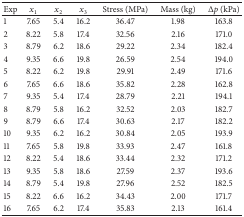
| Exp | x1 | x2 | x3 | Stress (MPa) | Mass (kg) | Δp (kPa) |
 | --- | --- | --- | --- | --- | --- | --- |
 | 1 | 7.65 | 5.4 | 16.2 | 36.47 | 1.98 | 163.8 |
 | 2 | 8.22 | 5.8 | 17.4 | 32.56 | 2.16 | 171.0 |
 | 3 | 8.79 | 6.2 | 18.6 | 29.22 | 2.34 | 182.4 |
 | 4 | 9.35 | 6.6 | 19.8 | 26.59 | 2.54 | 194.0 |
 | 5 | 8.22 | 6.2 | 19.8 | 29.91 | 2.49 | 171.6 |
 | 6 | 7.65 | 6.6 | 18.6 | 35.82 | 2.28 | 162.8 |
 | 7 | 9.35 | 5.4 | 17.4 | 28.79 | 2.21 | 194.1 |
 | 8 | 8.79 | 5.8 | 16.2 | 32.52 | 2.03 | 182.7 |
 | 9 | 8.79 | 6.6 | 17.4 | 30.63 | 2.17 | 182.2 |
 | 10 | 9.35 | 6.2 | 16.2 | 30.84 | 2.05 | 193.9 |
 | 11 | 7.65 | 5.8 | 19.8 | 33.93 | 2.47 | 161.8 |
 | 12 | 8.22 | 5.4 | 18.6 | 33.44 | 2.32 | 171.2 |
 | 13 | 9.35 | 5.8 | 18.6 | 27.59 | 2.37 | 193.6 |
 | 14 | 8.79 | 5.4 | 19.8 | 27.96 | 2.52 | 182.5 |
 | 15 | 8.22 | 6.6 | 16.2 | 34.43 | 2.00 | 171.7 |
 | 16 | 7.65 | 6.2 | 17.4 | 35.83 | 2.13 | 161.4 |